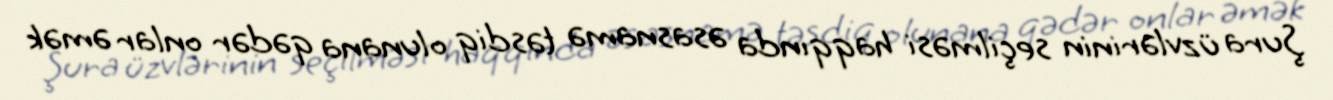
Şura üzvlərinin seçilməsi haqqında əsasnamə təsdiq olunana qədər onlar əmək